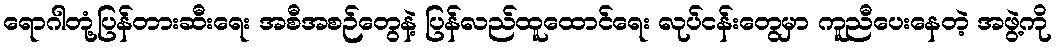
ရောဂါတုံ့ပြန်တားဆီးရေး အစီအစဉ်တွေနဲ့ ပြန်လည်ထူထောင်ရေး လုပ်ငန်းတွေမှာ ကူညီပေးနေတဲ့ အဖွဲ့ကို